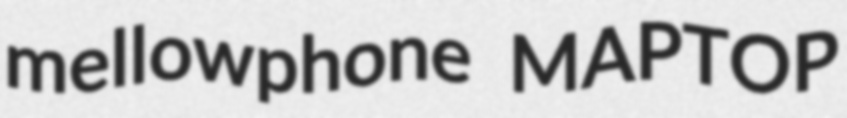
mellowphone MAPTOP